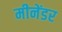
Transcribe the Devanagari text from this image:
मीनेंडर